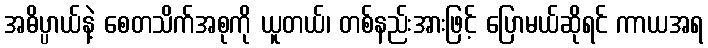
အဓိပ္ပာယ်နဲ့ စေတသိက်အစုကို ယူတယ်၊ တစ်နည်းအားဖြင့် ပြောမယ်ဆိုရင် ကာယအရ